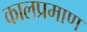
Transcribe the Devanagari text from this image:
कालप्रमाण